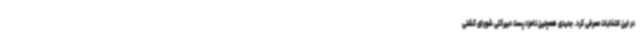
در این انتخابات معرفی کرد. جدیدی همچنین نامزد پست دبیرکلی شورای کشتی